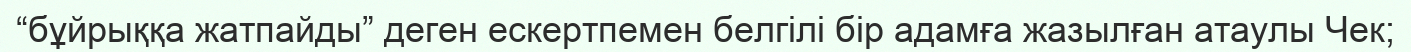
“бұйрыққа жатпайды” деген ескертпемен белгілі бір адамға жазылған атаулы Чек;